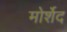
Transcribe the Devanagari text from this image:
मोर्शेद